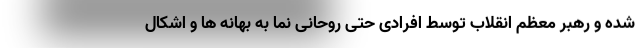
شده و رهبر معظم انقلاب توسط افرادی حتی روحانی نما به بهانه ها و اشکال